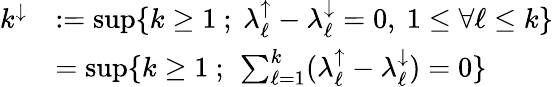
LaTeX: \begin{array}{rl}{k^{\downarrow}}&{:=\operatorname*{sup}\{ k\ge 1\ ;\ \lambda_{\ell}^{\uparrow}-\lambda_{\ell}^{\downarrow}=0,\ 1\le\forall\ell\le k\} }\\ &{=\operatorname*{sup}\{ k\ge 1\ ;\ \sum_{\ell=1}^{k}(\lambda_{\ell}^{\uparrow}-\lambda_{\ell}^{\downarrow})=0\} }\end{array}